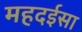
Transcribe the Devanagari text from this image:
महदईसा